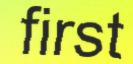
first